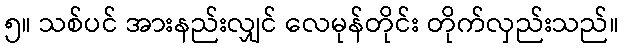
၅။ သစ်ပင် အားနည်းလျှင် လေမုန်တိုင်း တိုက်လှည်းသည်။